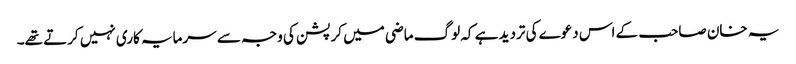
یہ خان صاحب کے اس دعوے کی تردید ہے کہ لوگ ماضی میں کرپشن کی وجہ سے سرمایہ کاری نہیں کرتے تھے۔